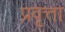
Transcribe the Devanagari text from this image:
प्रवृत्ता